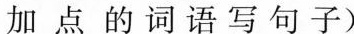
加点的词语写句子)